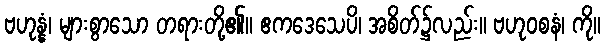
ဗဟုန္နံ၊ များစွာသော တရားတို့၏။ ဧကဒေသေပိ၊ အစိတ်၌လည်း။ ဗဟုဝစနံ၊ ကို။